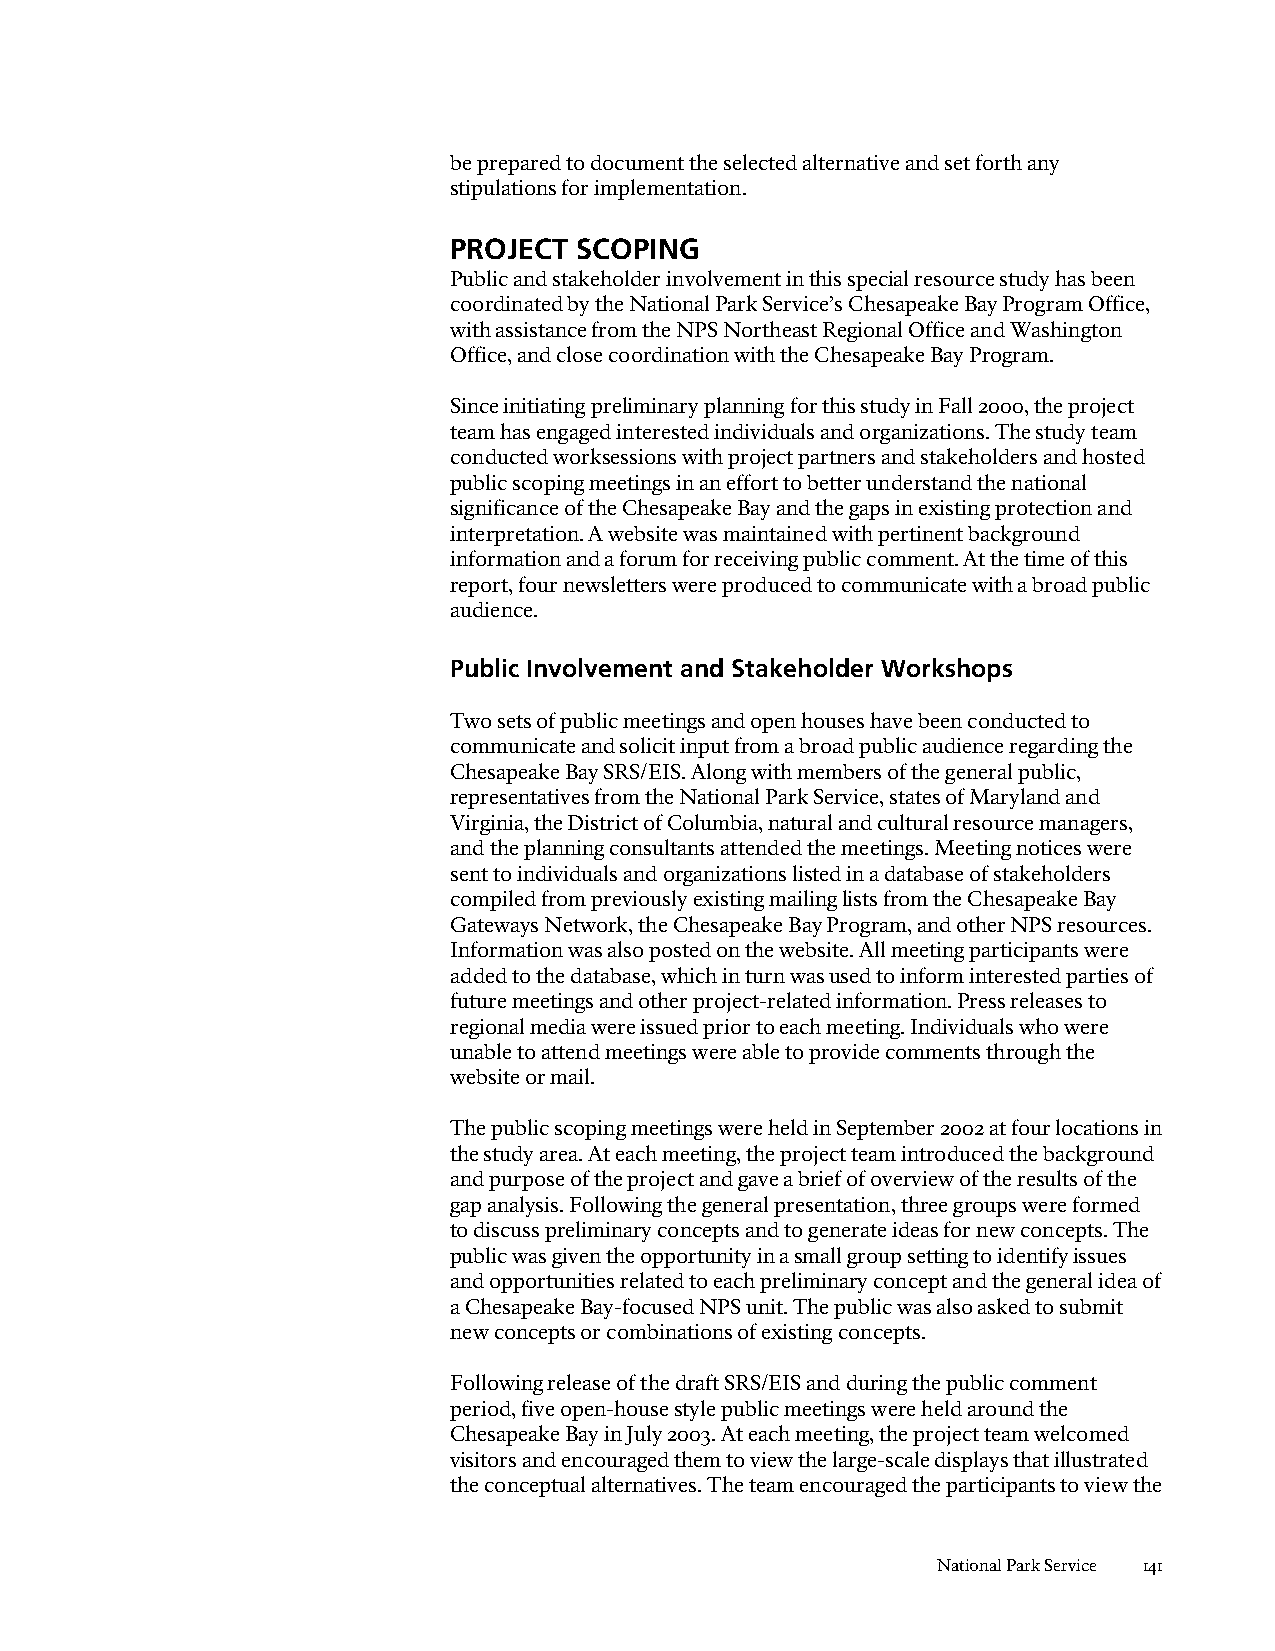
be prepared to document the selected alternative and set forth any
 stipulations for implementation.
 PROJECT SCOPING
 Public and stakeholder involvement in this special resource study has been
 coordinated by the National Park Service’s Chesapeake Bay Program Office,
 with assistance from the NPS Northeast Regional Office and Washington
 Office, and close coordination with the Chesapeake Bay Program.
 Since initiating preliminary planning for this study in Fall 2000, the project
 team has engaged interested individuals and organizations. The study team
 conducted worksessions with project partners and stakeholders and hosted
 public scoping meetings in an effort to better understand the national
 significance of the Chesapeake Bay and the gaps in existing protection and
 interpretation. A website was maintained with pertinent background
 information and a forum for receiving public comment. At the time of this
 report, four newsletters were produced to communicate with a broad public
 audience.
 Public Involvement and Stakeholder Workshops
 Two sets of public meetings and open houses have been conducted to
 communicate and solicit input from a broad public audience regarding the
 Chesapeake Bay SRS/EIS. Along with members of the general public,
 representatives from the National Park Service, states of Maryland and
 Virginia, the District of Columbia, natural and cultural resource managers,
 and the planning consultants attended the meetings. Meeting notices were
 sent to individuals and organizations listed in a database of stakeholders
 compiled from previously existing mailing lists from the Chesapeake Bay
 Gateways Network, the Chesapeake Bay Program, and other NPS resources.
 Information was also posted on the website. All meeting participants were
 added to the database, which in turn was used to inform interested parties of
 future meetings and other project-related information. Press releases to
 regional media were issued prior to each meeting. Individuals who were
 unable to attend meetings were able to provide comments through the
 website or mail.
 The public scoping meetings were held in September 2002 at four locations in
 the study area. At each meeting, the project team introduced the background
 and purpose of the project and gave a brief of overview of the results of the
 gap analysis. Following the general presentation, three groups were formed
 to discuss preliminary concepts and to generate ideas for new concepts. The
 public was given the opportunity in a small group setting to identify issues
 and opportunities related to each preliminary concept and the general idea of
 a Chesapeake Bay-focused NPS unit. The public was also asked to submit
 new concepts or combinations of existing concepts.
 Following release of the draft SRS/EIS and during the public comment
 period, five open-house style public meetings were held around the
 Chesapeake Bay in July 2003. At each meeting, the project team welcomed
 visitors and encouraged them to view the large-scale displays that illustrated
 the conceptual alternatives. The team encouraged the participants to view the
 National Park Service 141